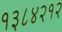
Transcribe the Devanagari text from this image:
१३८४२१२